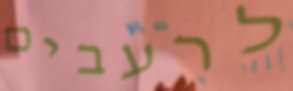
לרעבים